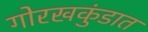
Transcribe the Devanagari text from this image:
गोरखकुंडात